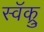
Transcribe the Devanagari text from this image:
स्वॅक्रु